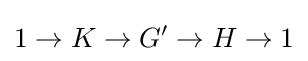
1\to K\to G^{\prime }\to H\to 1